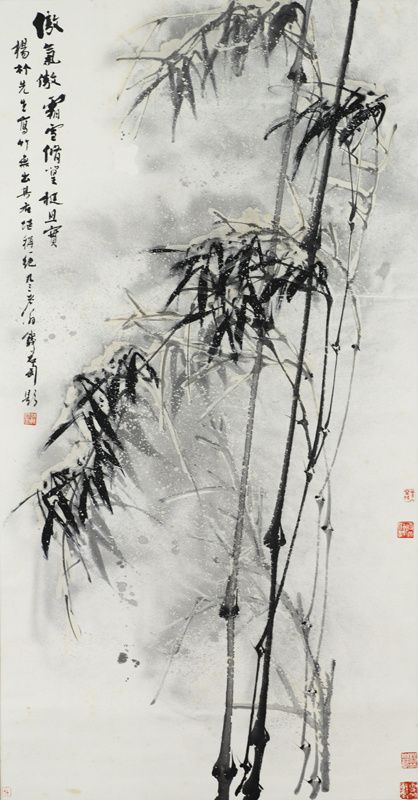
大雪北风催，家家贫白屋。